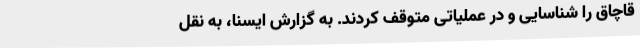
قاچاق را شناسایی و در عملیاتی متوقف کردند. به گزارش ایسنا، به نقل